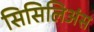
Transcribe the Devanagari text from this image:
सिसिलिअंस